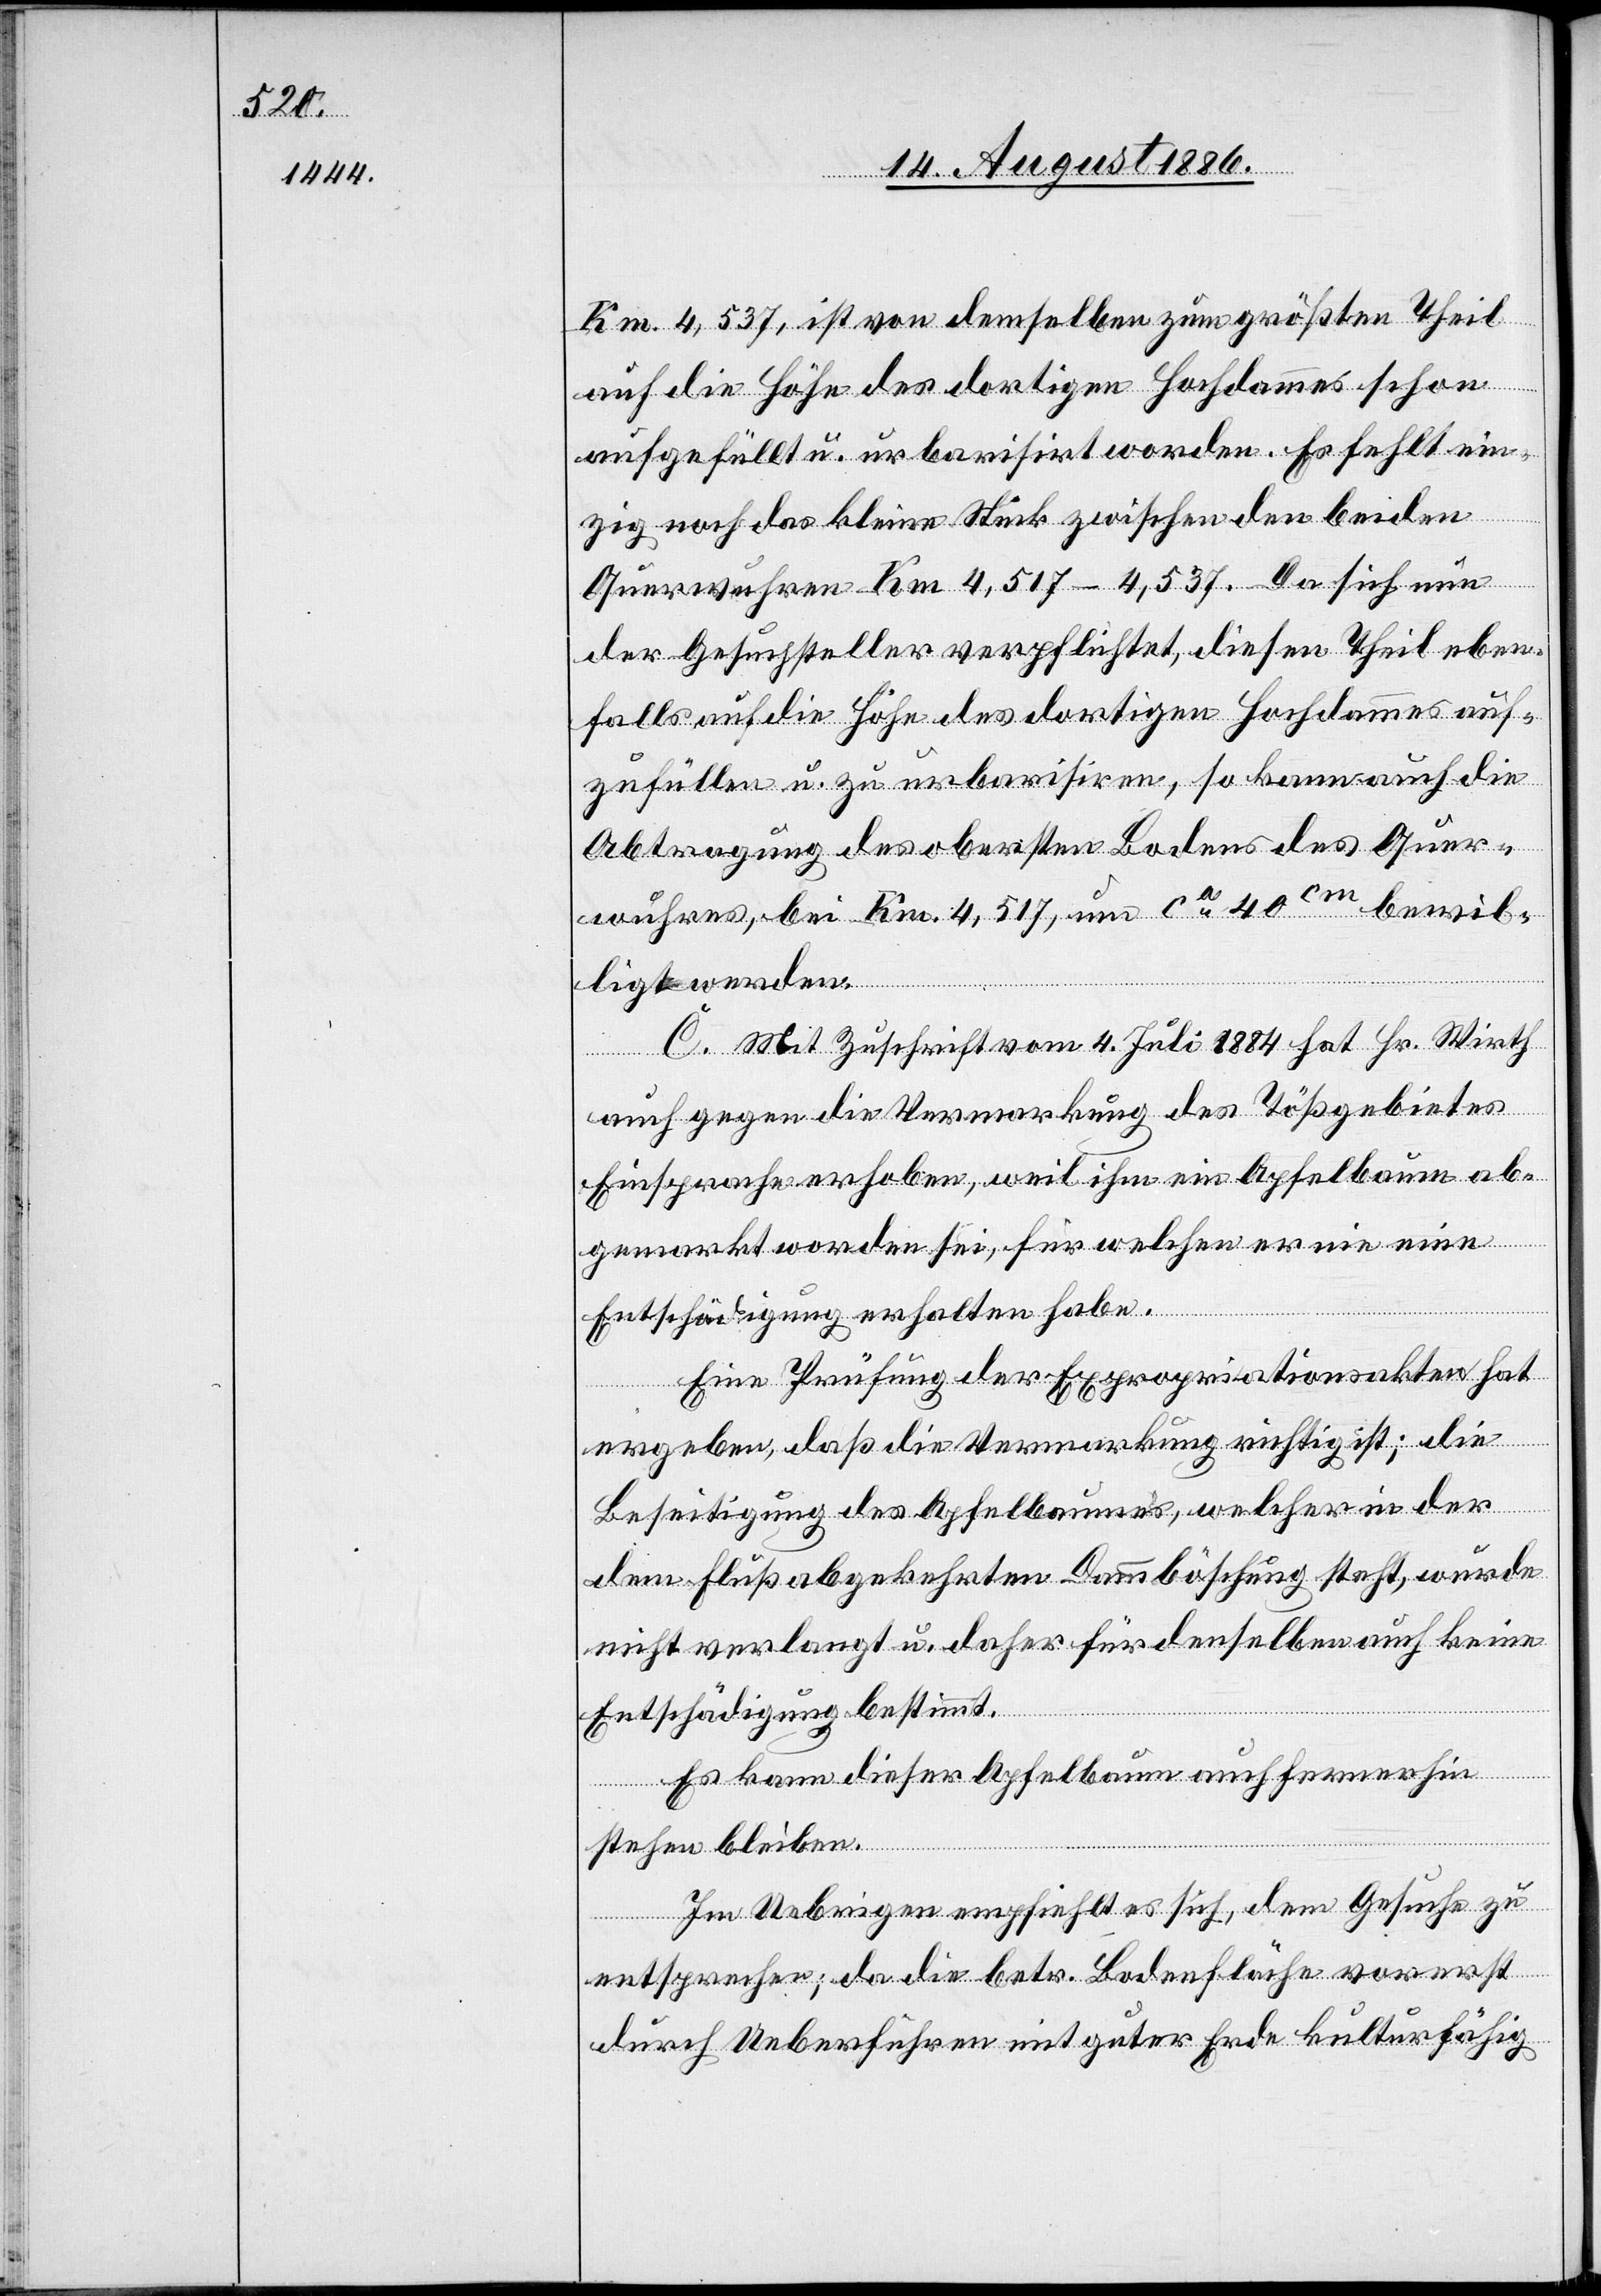
Km 4,537, ist von demselben zum größten Theil
auf die Höhe des dortigen Hochdammes schon
aufgefüllt u. urbarisirt worden. Es fehlt ein¬
zig noch das kleine Stück zwischen den beiden
Querwuhren Km 4,517–4,537. Da sich nun
der Gesuchsteller verpflichtet, diesen Theil eben¬
falls auf die Höhe des heutigen Hochdammes auf¬
zufüllen u. zu urbarisiren, so kann auch die
Abtragung des obersten Bodens des Quer¬
wuhres, bei Km 4,517, um ca 40cm bewil¬
ligt werden.
C. Mit Zuschrift vom 4. Juli 1884 hat Hr. Wirth
auch gegen die Vermarkung des Tößgebietes
Einsprache erhoben, weil ihm ein Apfelbaum ab¬
gemarkt worden sei, für welchen er nie eine
Entschädigung erhalten habe.
Eine Prüfung der Expropriationsakten hat
ergeben, daß die Vermarkung richtig ist; die
Beseitigung des Apfelbaumes, welcher in der
dem Fluß abgekehrten Dammböschung steht, wurde
nicht verlangt u. daher für denselben auch keine
Entschädigung bestimmt.
Es kann dieser Apfelbaum auch fernerhin
stehen bleiben.
Im Uebrigen empfiehlt es sich, dem Gesuche zu
entsprechen; da die betr. Bodenfläche vorerst
durch Ueberführen mit guter Erde kulturfähig